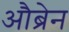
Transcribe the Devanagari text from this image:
औब्रेन